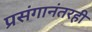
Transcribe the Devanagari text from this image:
प्रसंगानंतरही